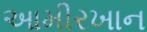
આમીરખાન